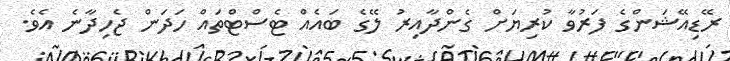
ރޭޑިއޭޝަންގެ ފަރުވާ ކުރިޔަށް ގެންދާއިރު ލޭގެ ބައެއް ޓެސްޓްތައް ހަދަން ޖެހިދާނެ އެވެ.